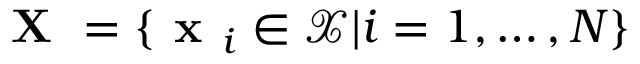
\textbf { X } = \{ \textbf { x } _ { i } \in \mathcal { X } | i = 1 , \dots , N \}